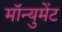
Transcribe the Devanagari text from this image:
मॉन्युमेंट